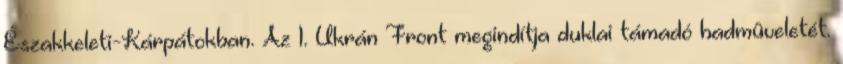
Északkeleti-Kárpátokban. Az 1. Ukrán Front megindítja duklai támadó hadmûveletét.